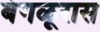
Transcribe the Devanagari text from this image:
बंगळूरास